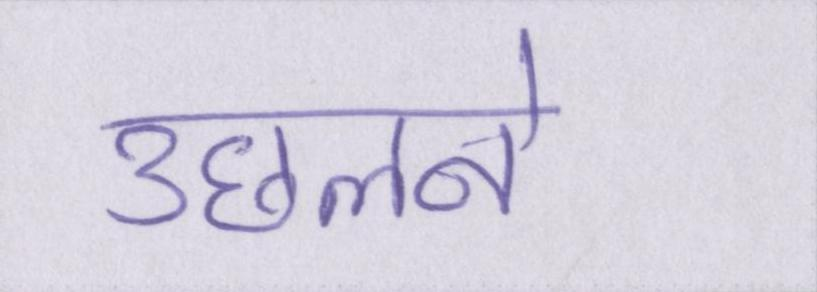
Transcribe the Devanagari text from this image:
उछलने